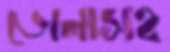
ভোলাসহ